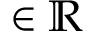
\in \mathbb { R }